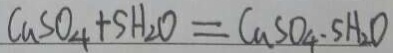
C a S O _ { 4 } + S H _ { 2 } O = C a S O _ { 4 } - S H _ { 2 } O